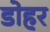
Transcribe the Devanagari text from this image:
डोहर